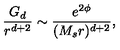
{ \frac { G _ { d } } { r ^ { d + 2 } } } \sim { \frac { e ^ { 2 \phi } } { ( M _ { s } r ) ^ { d + 2 } } } ,